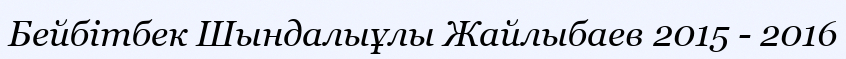
Бейбітбек Шындалыұлы Жайлыбаев 2015 - 2016